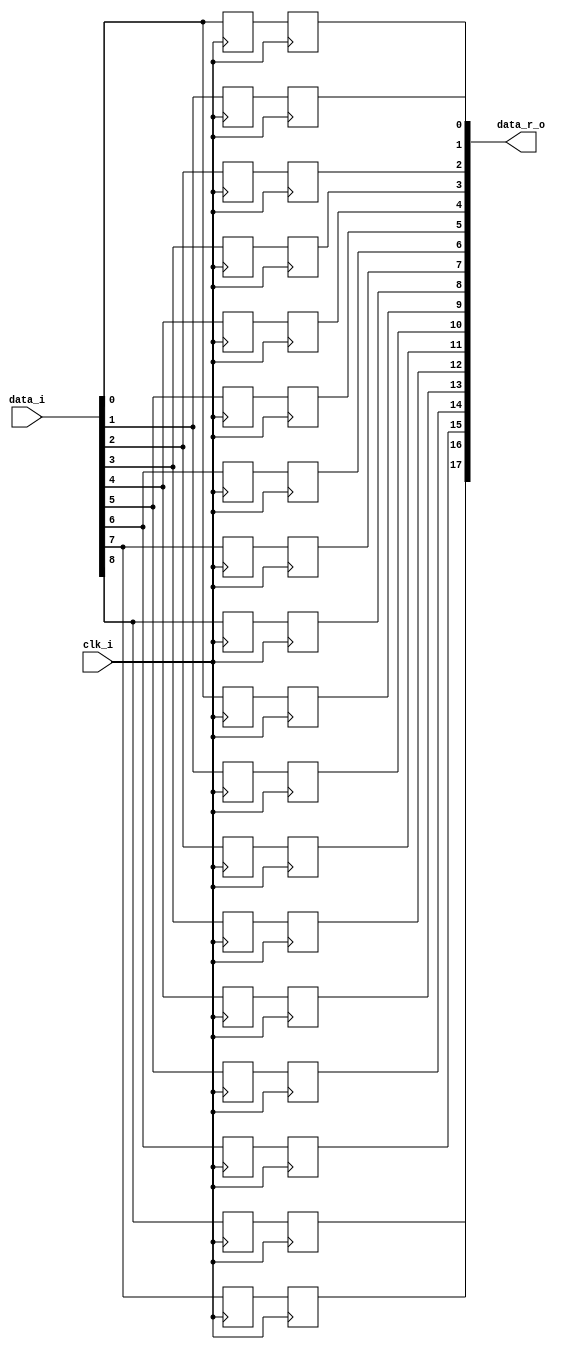
// This program was cloned from: https://github.com/NYU-MLDA/OpenABC
// License: BSD 3-Clause "New" or "Revised" License

module bsg_link_iddr_phy_width_p9
(
  clk_i,
  data_i,
  data_r_o
);

  input [8:0] data_i;
  output [17:0] data_r_o;
  input clk_i;
  wire [17:0] data_r_o;
  wire N0;
  wire [8:0] data_p_r,data_n_r;
  reg data_p_r_8_sv2v_reg,data_p_r_7_sv2v_reg,data_p_r_6_sv2v_reg,data_p_r_5_sv2v_reg,
  data_p_r_4_sv2v_reg,data_p_r_3_sv2v_reg,data_p_r_2_sv2v_reg,data_p_r_1_sv2v_reg,
  data_p_r_0_sv2v_reg,data_n_r_8_sv2v_reg,data_n_r_7_sv2v_reg,data_n_r_6_sv2v_reg,
  data_n_r_5_sv2v_reg,data_n_r_4_sv2v_reg,data_n_r_3_sv2v_reg,data_n_r_2_sv2v_reg,
  data_n_r_1_sv2v_reg,data_n_r_0_sv2v_reg,data_r_o_17_sv2v_reg,
  data_r_o_16_sv2v_reg,data_r_o_15_sv2v_reg,data_r_o_14_sv2v_reg,data_r_o_13_sv2v_reg,
  data_r_o_12_sv2v_reg,data_r_o_11_sv2v_reg,data_r_o_10_sv2v_reg,data_r_o_9_sv2v_reg,
  data_r_o_8_sv2v_reg,data_r_o_7_sv2v_reg,data_r_o_6_sv2v_reg,data_r_o_5_sv2v_reg,
  data_r_o_4_sv2v_reg,data_r_o_3_sv2v_reg,data_r_o_2_sv2v_reg,data_r_o_1_sv2v_reg,
  data_r_o_0_sv2v_reg;
  assign data_p_r[8] = data_p_r_8_sv2v_reg;
  assign data_p_r[7] = data_p_r_7_sv2v_reg;
  assign data_p_r[6] = data_p_r_6_sv2v_reg;
  assign data_p_r[5] = data_p_r_5_sv2v_reg;
  assign data_p_r[4] = data_p_r_4_sv2v_reg;
  assign data_p_r[3] = data_p_r_3_sv2v_reg;
  assign data_p_r[2] = data_p_r_2_sv2v_reg;
  assign data_p_r[1] = data_p_r_1_sv2v_reg;
  assign data_p_r[0] = data_p_r_0_sv2v_reg;
  assign data_n_r[8] = data_n_r_8_sv2v_reg;
  assign data_n_r[7] = data_n_r_7_sv2v_reg;
  assign data_n_r[6] = data_n_r_6_sv2v_reg;
  assign data_n_r[5] = data_n_r_5_sv2v_reg;
  assign data_n_r[4] = data_n_r_4_sv2v_reg;
  assign data_n_r[3] = data_n_r_3_sv2v_reg;
  assign data_n_r[2] = data_n_r_2_sv2v_reg;
  assign data_n_r[1] = data_n_r_1_sv2v_reg;
  assign data_n_r[0] = data_n_r_0_sv2v_reg;
  assign data_r_o[17] = data_r_o_17_sv2v_reg;
  assign data_r_o[16] = data_r_o_16_sv2v_reg;
  assign data_r_o[15] = data_r_o_15_sv2v_reg;
  assign data_r_o[14] = data_r_o_14_sv2v_reg;
  assign data_r_o[13] = data_r_o_13_sv2v_reg;
  assign data_r_o[12] = data_r_o_12_sv2v_reg;
  assign data_r_o[11] = data_r_o_11_sv2v_reg;
  assign data_r_o[10] = data_r_o_10_sv2v_reg;
  assign data_r_o[9] = data_r_o_9_sv2v_reg;
  assign data_r_o[8] = data_r_o_8_sv2v_reg;
  assign data_r_o[7] = data_r_o_7_sv2v_reg;
  assign data_r_o[6] = data_r_o_6_sv2v_reg;
  assign data_r_o[5] = data_r_o_5_sv2v_reg;
  assign data_r_o[4] = data_r_o_4_sv2v_reg;
  assign data_r_o[3] = data_r_o_3_sv2v_reg;
  assign data_r_o[2] = data_r_o_2_sv2v_reg;
  assign data_r_o[1] = data_r_o_1_sv2v_reg;
  assign data_r_o[0] = data_r_o_0_sv2v_reg;

  always @(posedge clk_i) begin
    if(1'b1) begin
      data_p_r_8_sv2v_reg <= data_i[8];
    end 
  end


  always @(posedge clk_i) begin
    if(1'b1) begin
      data_p_r_7_sv2v_reg <= data_i[7];
    end 
  end


  always @(posedge clk_i) begin
    if(1'b1) begin
      data_p_r_6_sv2v_reg <= data_i[6];
    end 
  end


  always @(posedge clk_i) begin
    if(1'b1) begin
      data_p_r_5_sv2v_reg <= data_i[5];
    end 
  end


  always @(posedge clk_i) begin
    if(1'b1) begin
      data_p_r_4_sv2v_reg <= data_i[4];
    end 
  end


  always @(posedge clk_i) begin
    if(1'b1) begin
      data_p_r_3_sv2v_reg <= data_i[3];
    end 
  end


  always @(posedge clk_i) begin
    if(1'b1) begin
      data_p_r_2_sv2v_reg <= data_i[2];
    end 
  end


  always @(posedge clk_i) begin
    if(1'b1) begin
      data_p_r_1_sv2v_reg <= data_i[1];
    end 
  end


  always @(posedge clk_i) begin
    if(1'b1) begin
      data_p_r_0_sv2v_reg <= data_i[0];
    end 
  end


  always @(posedge N0) begin
    if(1'b1) begin
      data_n_r_8_sv2v_reg <= data_i[8];
    end 
  end


  always @(posedge N0) begin
    if(1'b1) begin
      data_n_r_7_sv2v_reg <= data_i[7];
    end 
  end


  always @(posedge N0) begin
    if(1'b1) begin
      data_n_r_6_sv2v_reg <= data_i[6];
    end 
  end


  always @(posedge N0) begin
    if(1'b1) begin
      data_n_r_5_sv2v_reg <= data_i[5];
    end 
  end


  always @(posedge N0) begin
    if(1'b1) begin
      data_n_r_4_sv2v_reg <= data_i[4];
    end 
  end


  always @(posedge N0) begin
    if(1'b1) begin
      data_n_r_3_sv2v_reg <= data_i[3];
    end 
  end


  always @(posedge N0) begin
    if(1'b1) begin
      data_n_r_2_sv2v_reg <= data_i[2];
    end 
  end


  always @(posedge N0) begin
    if(1'b1) begin
      data_n_r_1_sv2v_reg <= data_i[1];
    end 
  end


  always @(posedge N0) begin
    if(1'b1) begin
      data_n_r_0_sv2v_reg <= data_i[0];
    end 
  end


  always @(posedge clk_i) begin
    if(1'b1) begin
      data_r_o_17_sv2v_reg <= data_n_r[8];
    end 
  end


  always @(posedge clk_i) begin
    if(1'b1) begin
      data_r_o_16_sv2v_reg <= data_n_r[7];
    end 
  end


  always @(posedge clk_i) begin
    if(1'b1) begin
      data_r_o_15_sv2v_reg <= data_n_r[6];
    end 
  end


  always @(posedge clk_i) begin
    if(1'b1) begin
      data_r_o_14_sv2v_reg <= data_n_r[5];
    end 
  end


  always @(posedge clk_i) begin
    if(1'b1) begin
      data_r_o_13_sv2v_reg <= data_n_r[4];
    end 
  end


  always @(posedge clk_i) begin
    if(1'b1) begin
      data_r_o_12_sv2v_reg <= data_n_r[3];
    end 
  end


  always @(posedge clk_i) begin
    if(1'b1) begin
      data_r_o_11_sv2v_reg <= data_n_r[2];
    end 
  end


  always @(posedge clk_i) begin
    if(1'b1) begin
      data_r_o_10_sv2v_reg <= data_n_r[1];
    end 
  end


  always @(posedge clk_i) begin
    if(1'b1) begin
      data_r_o_9_sv2v_reg <= data_n_r[0];
    end 
  end


  always @(posedge clk_i) begin
    if(1'b1) begin
      data_r_o_8_sv2v_reg <= data_p_r[8];
    end 
  end


  always @(posedge clk_i) begin
    if(1'b1) begin
      data_r_o_7_sv2v_reg <= data_p_r[7];
    end 
  end


  always @(posedge clk_i) begin
    if(1'b1) begin
      data_r_o_6_sv2v_reg <= data_p_r[6];
    end 
  end


  always @(posedge clk_i) begin
    if(1'b1) begin
      data_r_o_5_sv2v_reg <= data_p_r[5];
    end 
  end


  always @(posedge clk_i) begin
    if(1'b1) begin
      data_r_o_4_sv2v_reg <= data_p_r[4];
    end 
  end


  always @(posedge clk_i) begin
    if(1'b1) begin
      data_r_o_3_sv2v_reg <= data_p_r[3];
    end 
  end


  always @(posedge clk_i) begin
    if(1'b1) begin
      data_r_o_2_sv2v_reg <= data_p_r[2];
    end 
  end


  always @(posedge clk_i) begin
    if(1'b1) begin
      data_r_o_1_sv2v_reg <= data_p_r[1];
    end 
  end


  always @(posedge clk_i) begin
    if(1'b1) begin
      data_r_o_0_sv2v_reg <= data_p_r[0];
    end 
  end

  assign N0 = ~clk_i;

endmodule